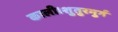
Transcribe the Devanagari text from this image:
काली।शुतुरमुर्ग